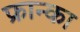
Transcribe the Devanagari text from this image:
फ्रान्का